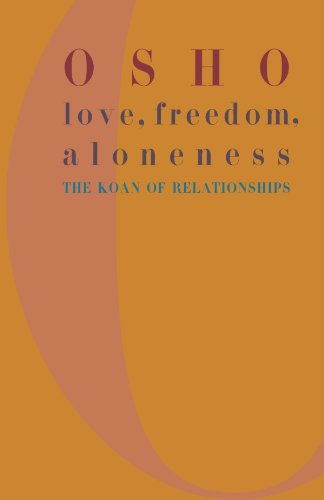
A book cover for Love, Freedom, Aloneness: The Koan of Relationships; Osho; Religion & Spirituality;